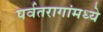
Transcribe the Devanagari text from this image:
पर्वतरागांमध्ये